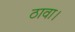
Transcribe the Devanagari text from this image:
ठावा।